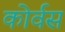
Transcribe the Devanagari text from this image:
कोर्वस